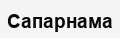
Сапарнама